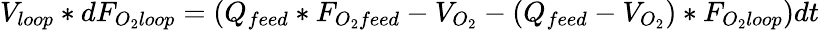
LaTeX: V_{loop}*dF_{O_{2}loop}=(Q_{feed}*F_{O_{2}feed}-V_{O_{2}}-(Q_{feed}-V_{O_{2}})*F_{O_{2}loop})dt